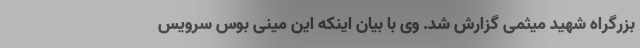
بزرگراه شهید میثمی گزارش شد. وی با بیان اینکه این مینی بوس سرویس